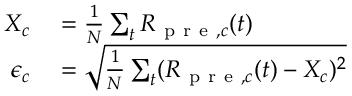
\begin{array} { r l } { X _ { c } } & { { } = \frac { 1 } { N } \sum _ { t } R _ { \mathrm { ~ p ~ r ~ e ~ } , c } ( t ) } \\ { \epsilon _ { c } } & { { } = \sqrt { \frac { 1 } { N } \sum _ { t } ( R _ { \mathrm { ~ p ~ r ~ e ~ } , c } ( t ) - X _ { c } ) ^ { 2 } } } \end{array}